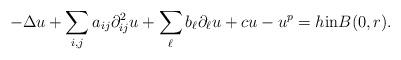
LaTeX: \begin{align*}-\Delta u +\sum_{i, j} a_{ij}\partial^2_{ij} u +\sum_\ell b_\ell\partial_\ell u + c u-u^p= h \mbox{in}B(0, r).\end{align*}